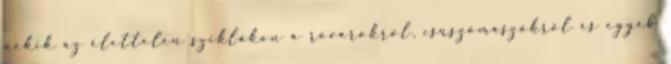
nekik az élettelen sziklákon a rovarokról, csúszómászókról és egyéb